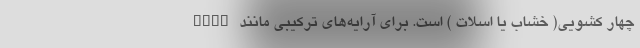
چهار کشویی( خشاب یا اسلات ) است. برای آرایه‌های ترکیبی مانند RAID